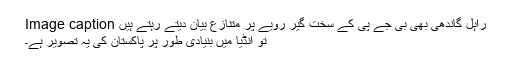
Image caption راہل گاندھی بھی بی جے پی کے سخت گیر رویے پر متنازع بیان دیتے رہتے ہیں
تو انڈیا میں بنیادی طور پر پاکستان کی یہ تصویر ہے۔